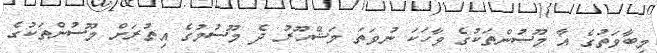
މިބާވަތުގެ އާ މޫސުންތަކުގެ ވާހަކަ ނުވަތަ މަޝްހޫރު ދެ މޫސުމުގެ އިތުރަށް މޫސުންތަކުގެ